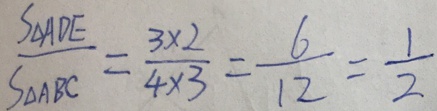
\frac { S _ { \Delta } A D E } { S _ { \Delta } A B C } = \frac { 3 \times 2 } { 4 \times 3 } = \frac { 6 } { 1 2 } = \frac { 1 } { 2 }